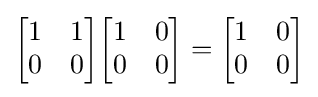
{\begin{bmatrix}1&1\\0&0\end{bmatrix}}{\begin{bmatrix}1&0\\0&0\end{bmatrix}}={\begin{bmatrix}1&0\\0&0\end{bmatrix}}